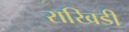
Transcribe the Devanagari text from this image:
राखिडी